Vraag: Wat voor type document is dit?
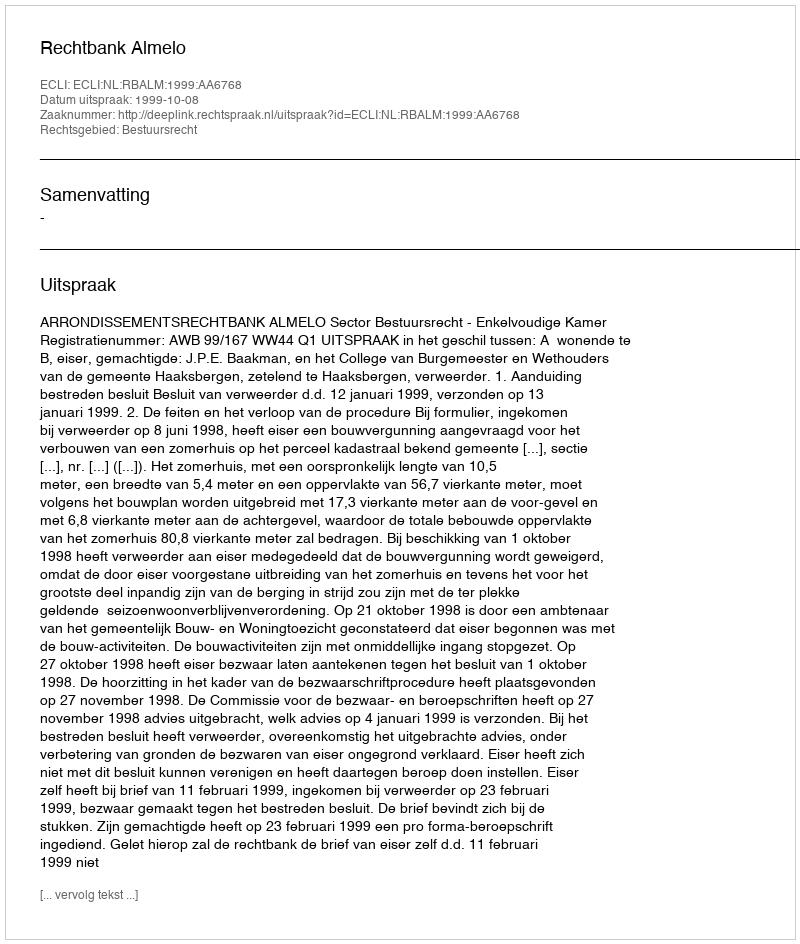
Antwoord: Uitspraak